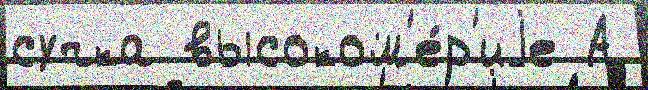
сучка высоком'е́р'иjе А